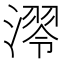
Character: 𣼢